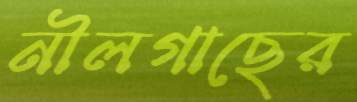
নীলগাছের